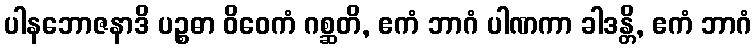
ပါနဘောဇနာဒိ ပဉ္စဓာ ဝိဝေကံ ဂစ္ဆတိ, ဧကံ ဘာဂံ ပါဏကာ ခါဒန္တိ, ဧကံ ဘာဂံ